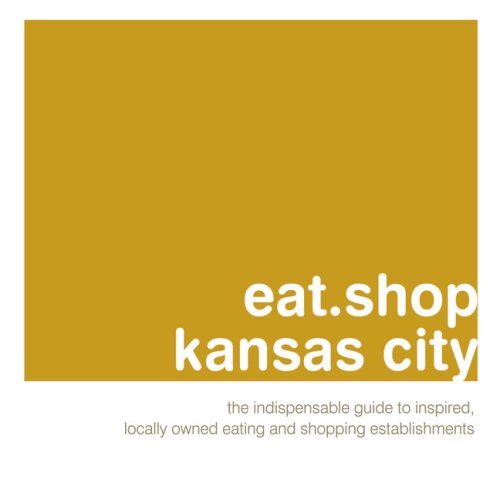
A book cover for eat.shop kansas city: The Indispensable Guide to Inspired, Locally Owned Eating and Shopping Establishments (eat.shop guides); Jon Hart; Travel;